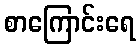
စာကြောင်းရေ